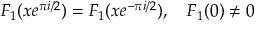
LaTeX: F _ { 1 } ( x e ^ { \pi i / 2 } ) = F _ { 1 } ( x e ^ { - \pi i / 2 } ) , \quad F _ { 1 } ( 0 ) \ne 0